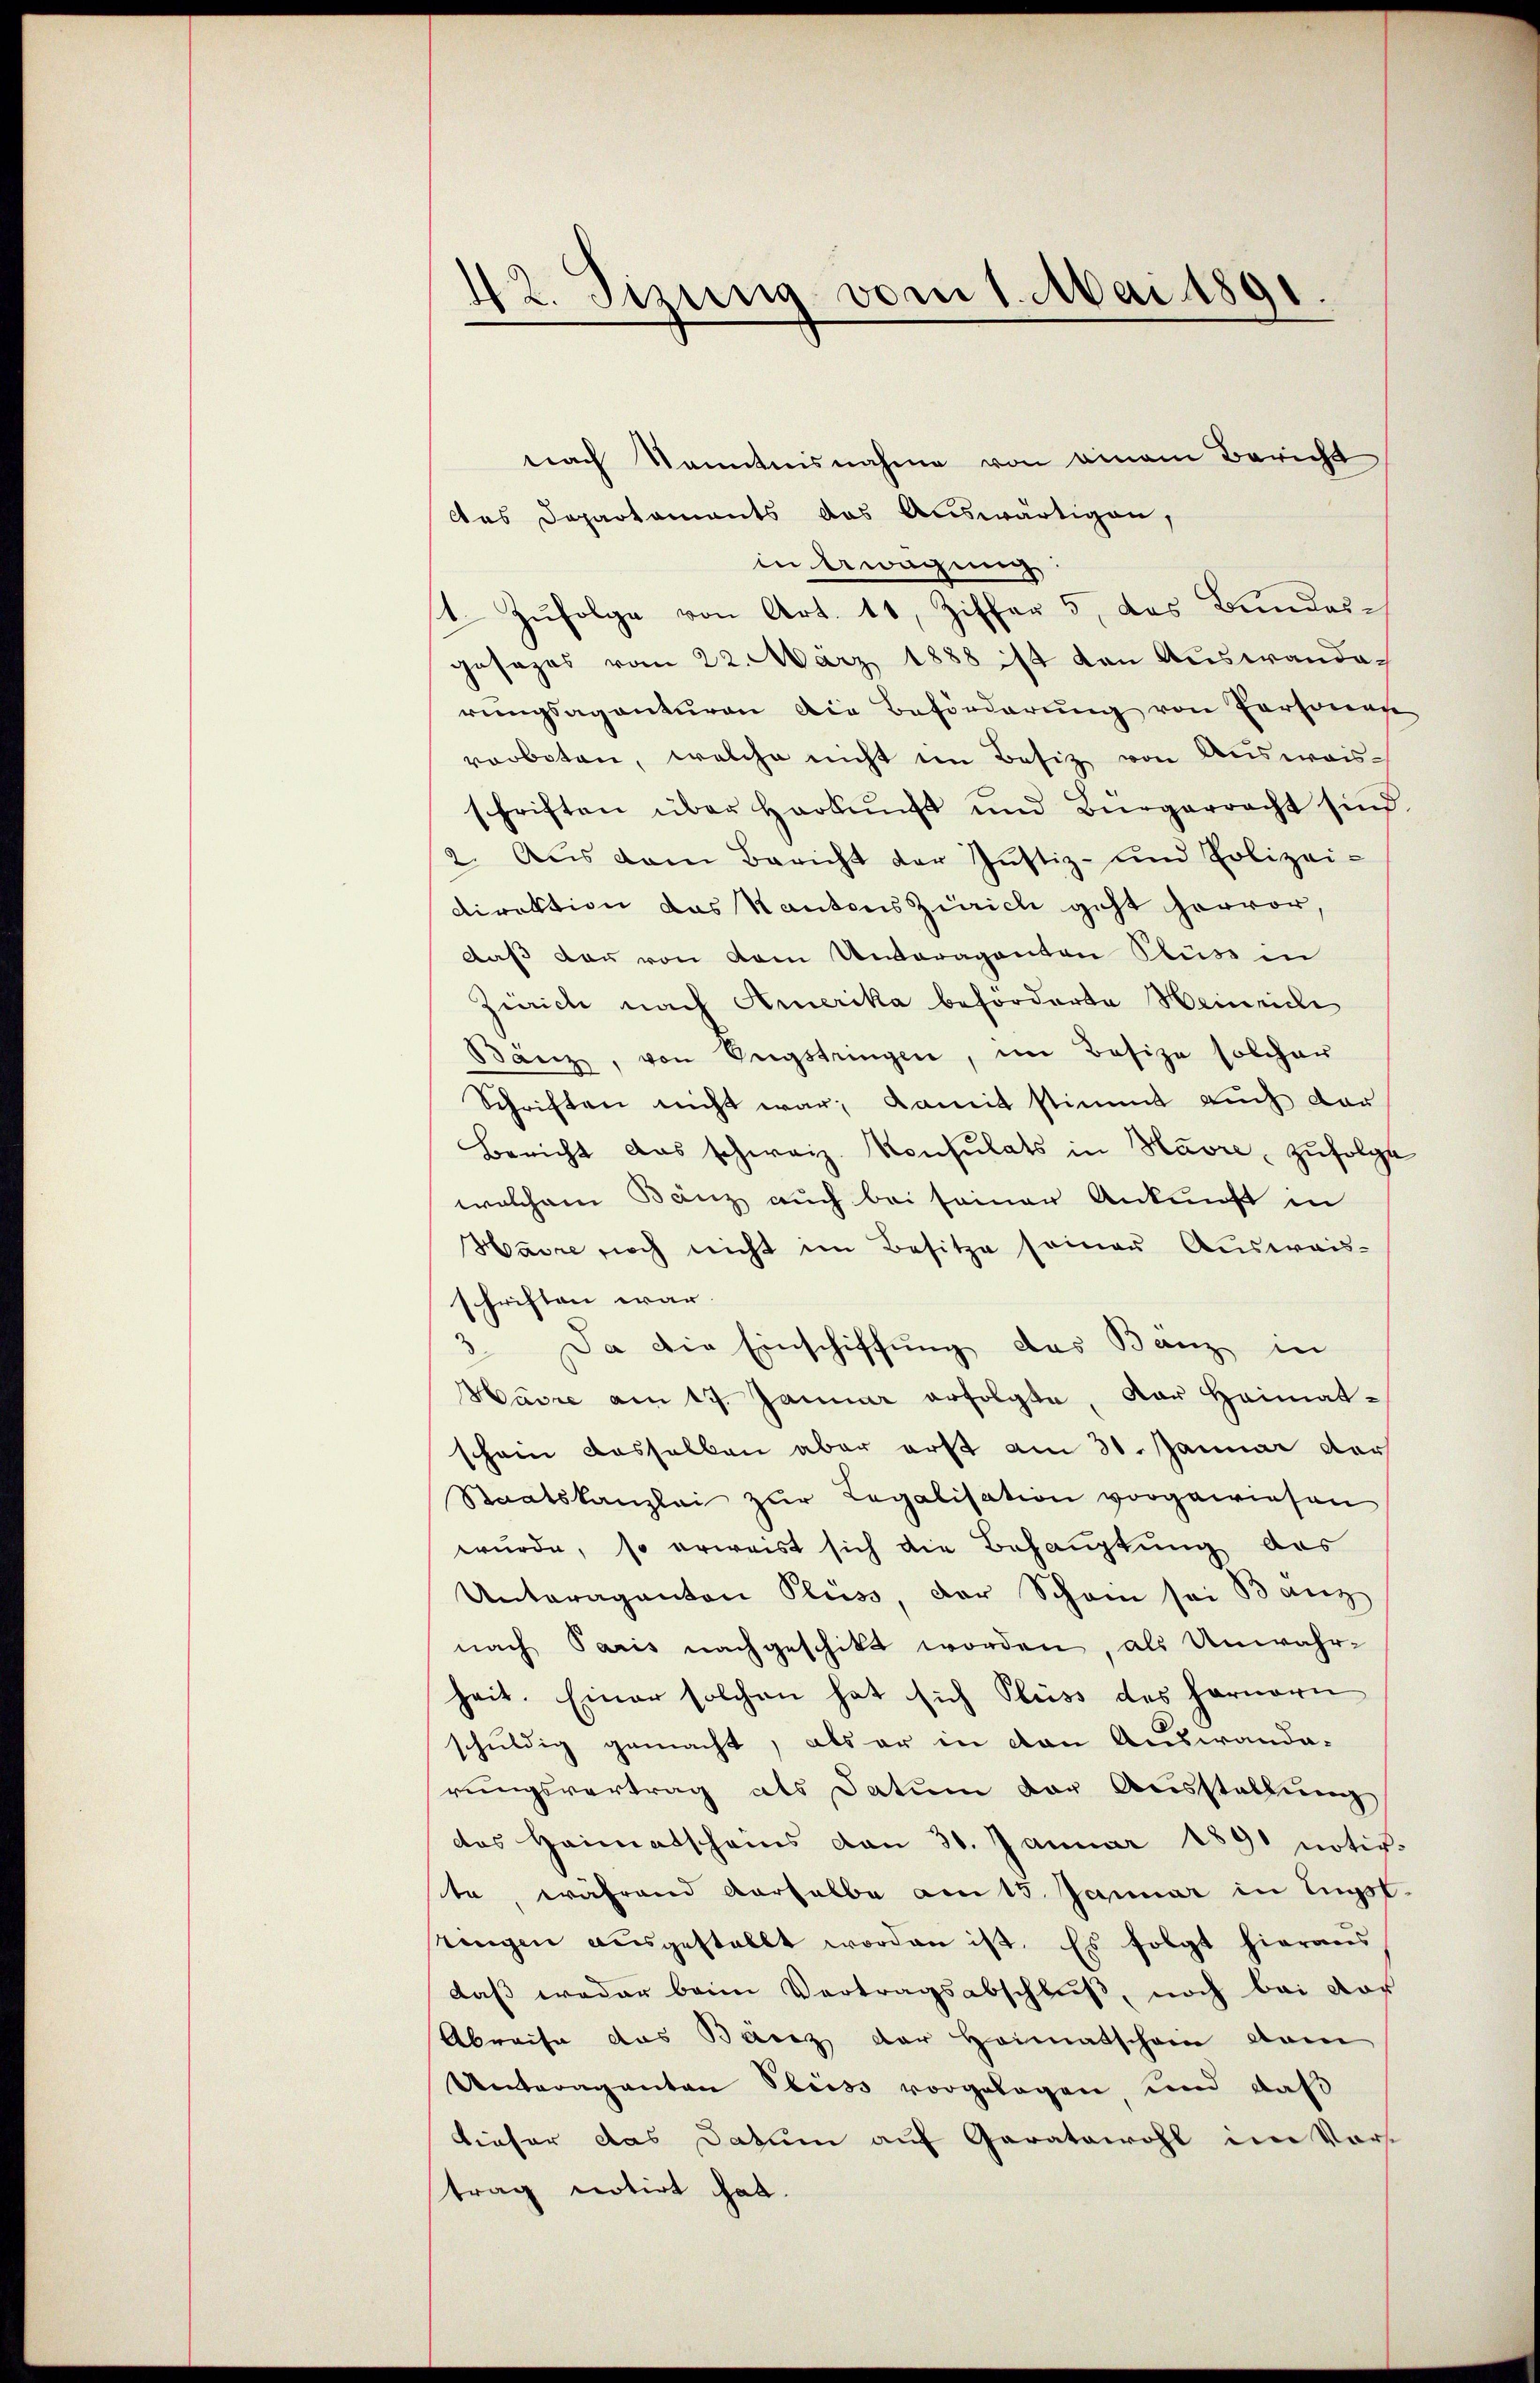
42. Sizung vom 1. Mai 1891

nach Kenntnisnahme von einem Bericht
das Departaments das Auswärtigen,
in Erwägung:
1. Zufolge von Art. 11, Ziffer 5, das Bundeigesages vom 22. März 1888 1/4 von Auswanderŭngsaganturen die Beförderŭng von Persona
vorboten, welche nicht im Besiz von Ausweisschriften über Harkŭng und Bürgerracht sind.
2. Aus dem Bericht der Justiz- und Polizei-
Direktion das Kantons Zürich geht hervor,
daß der von dem Unteraganten Fluss in
Zürich nach Amerika beforderte Heinricli
Bänz, von Engstringen, im Besize solcher
Schriften nicht war; damit stimmt auch dar
Bericht das schweiz. Konsulats in Havre, zufolge
welchem Banz auch bei seiner Ankunft in
Harre noch nicht im Besitze seiner Ausweis-
schriften war.
 Da die Einschiffung des Bänz in
Havre am 17. Januar erfolgte, der Heimatschein dasselben aber erst am 30. Januar der
Staatskanzlei zur Legalisation vorgewiesen
wurde, so erweist sich die Behauptung des
Unteraganton Pluss, der Schein sei Banz
nach Paris nachgeschikt worden, als Unwahr-
heit. Einer solchen hat sich Pluss des harnern
schuldig gemacht, als er in von Auswanda-
rungsvertrag als Datum der Ausstellung
das Heimatscheins den 30. Januar 1890 notiv-
te, während derselbe am 15. Januar in Eugst.
tingen aŭsgestellt worden ist. Es folgt hieraus
daß weder beim Vertragsabschluß, noch bei dor
Abreise das Banz der Heimatschein vom
Unteraganton Sbiss vorgelegen und daß
dieser das Datum auf Garatswohl in Vorstrag notirt hat.